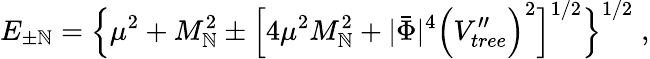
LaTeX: E_{\pm\mathbb{N}}=\Big\lbrace\mu^{2}+M_{\mathbb{N}}^{2}\pm\Big\lbrack4\mu^{2}M_{\mathbb{N}}^{2}+|\bar{{\Phi}}|^{4}\Big(V_{tree}^{\prime\prime}\Big)^{2}\Big\rbrack^{1/2}\Big\rbrace^{1/2}\; ,